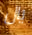
يال